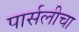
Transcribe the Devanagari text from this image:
पार्सलीचा